Report by Surgeon-Major Lyons, I.M.S., President of the Plague Research Committee - Part I
Disease focus: Plague
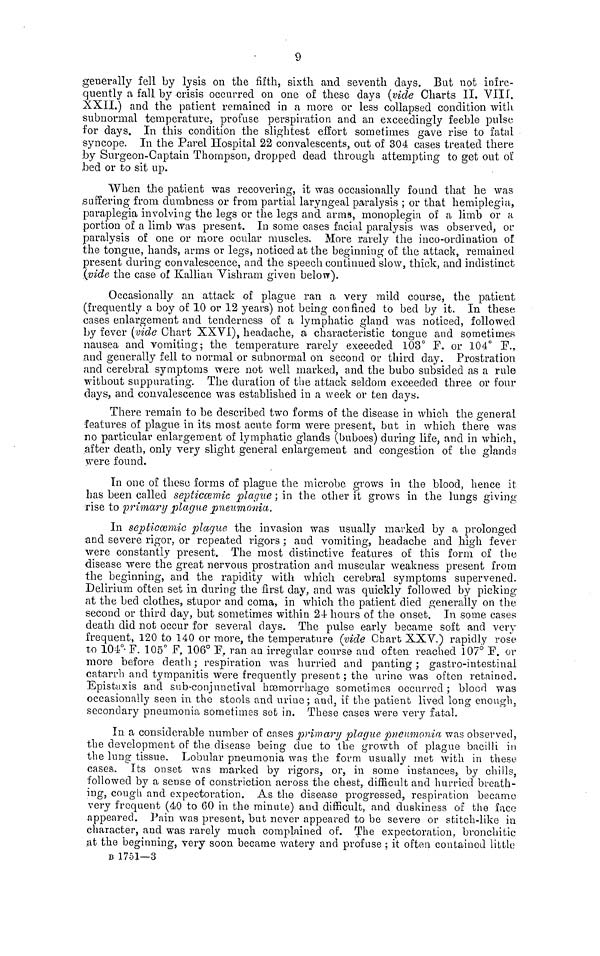
9
generally fell by lysis on the fifth, sixth and seventh days. But not infre-
quently a fall by crisis occurred on one of these days (vide Charts II. VIII.
XXII.) and the patient remained in a more or less collapsed condition with
subnormal temperature, profuse perspiration and an exceedingly feeble pulse
for days. In this condition the slightest effort sometimes gave rise to fatal
syncope. In the Parel Hospital 22 convalescents, out of 304 cases treated there
by Surgeon-Captain Thompson, dropped dead through attempting to get out oï
bed or to sit up.
When the patient was recovering, it was occasionally found that he was
suffering from dumbness or from partial laryngeal paralysis ; or that hemiplegia,
paraplegia involving the legs or the legs and arms, monoplegia of a limb or a
portion of a limb was present. In some cases facial paralysis was observed, or
paralysis of one or more ocular muscles. More rarely the inco-ordination of
the tongue, hands, arms or legs, noticed at the beginning of the attack, remained
present during convalescence, and the speech continued slow, thick, and indistinct
(vide the case of Kalliau Vishram given below).
Occasionally an attack of plague ran a very mild course, the patient
(frequently a boy of 10 or 12 years) not being confined to bed by it. In these
cases enlargement and tenderness of a lymphatic gland was noticed, followed
by fever (vide Chart XXVI), headache, a characteristic tongue and sometimes
nausea and vomiting; the temperature rarely exceeded 103° F. or 104° F.,
and generally fell to normal or subnormal on second or third day. Prostration
and cerebral symptoms were not well marked, and the bubo subsided as a rule
without suppurating. The duration of the attack seldom exceeded three or four
days, and convalescence was established in a week or ten days.
There remain to be described two forms of the disease in which the general
features of plague in its most acute form were present, but in which there was
no particular enlargement of lymphatic glands (buboes) during life, and in which,
after death, only very slight general enlargement and congestion of the glands
were found.
In one of these forms of plague the microbe grows in the blood, hence it
has been called septiccemic plague ; in the other it grows in the lungs giving
rise to primary plague pneumonia.
In septiccemic plaque the invasion was usually marked by a prolonged
and severe rigor, or repeated rigors ; and vomiting, headache and high fever
were constantly present. The most distinctive features of this form of the
disease were the great nervous prostration and muscular weakness present from
the beginning, and the rapidity with which cerebral symptoms supervened.
Delirium often set in during the first day, and was quickly followed by picking
at the bed clothes, stupor and coma, in which the patient died generally on the
second or third day, but sometimes within 24 hours of the onset. In some cases
death did not occur for several days. The pulse early became soft and very
frequent, 120 to 140 or more, the temperature (vide Chart XXV.) rapidly rose
to 104° F. 105° F. 106° F. ran an irregular course and often reached 107° F. or
more before death ; respiration was hurried and panting ; gastro-intestinal
catarrh and tympanitis were frequently present; the urine was often retained.
Epistaxis and sub-conjuuctival heemorrhage sometimes occurred ; blood was
occasionally seen in the stools and uriue ; and, it the patient lived long enough,
secondary pneumonia sometimes sot in. These cases were very fatal.
In a considerable number of cases primary plague pneumonia was observed,
the development of the disease being due to the growth of plague bacilli in
the lung tissue. Lobular pneumonia was the form usually met with in these
cases. Its onset was marked by rigors, or, in some instances, by chills,
followed by a sense of constriction across the chest, difficult and hurried breath-
ing, cough and expectoration. As the disease progressed, respiration became
very frequent (40 to 60 in the minute) and difficult, and duskiness of the face
appeared. Pain was present, but never appeared to be severe or stitch-like in
character, and was rarely much complained of. The expectoration, bronchitic
at the beginning, very soon became watery and profuse ; it often contained little
B 1751—3